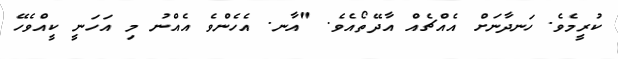
ކުރީމެވެ. ހަނދާނަށް އެއްޗެއް އާދޭތޯއެވެ. "އާނ. އެހެންވެ އެއްނު މި އަހަނީ ކީއްވެހޭ